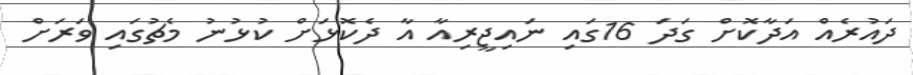
ދައުރެއް އަދާކޮށް ގަދަ 16ގައި ނައިޖީރިއާ އާ ދެކޮޅަށް ކުޅުނު މެޗުގައި ވަރަށް